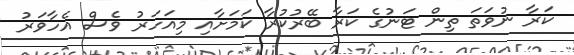
ކަރާ ނުވަތަ ތިން ޓަނުގެ ކަރާ ބޭރުކުރާ ކަމަށާއި މިއަހަރު ވެސް އެހާވަރު